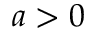
a > 0